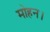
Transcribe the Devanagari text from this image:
मोहन।